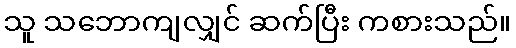
သူ သဘောကျလျှင် ဆက်ပြီး ကစားသည်။